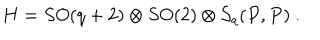
LaTeX: H = S O ( q + 2 ) \otimes S O ( 2 ) \otimes { \cal S } _ { q } ( P , \dot { P } ) \ .